Note on the mental hospitals in Burma - 1925-1940
Year: 1925
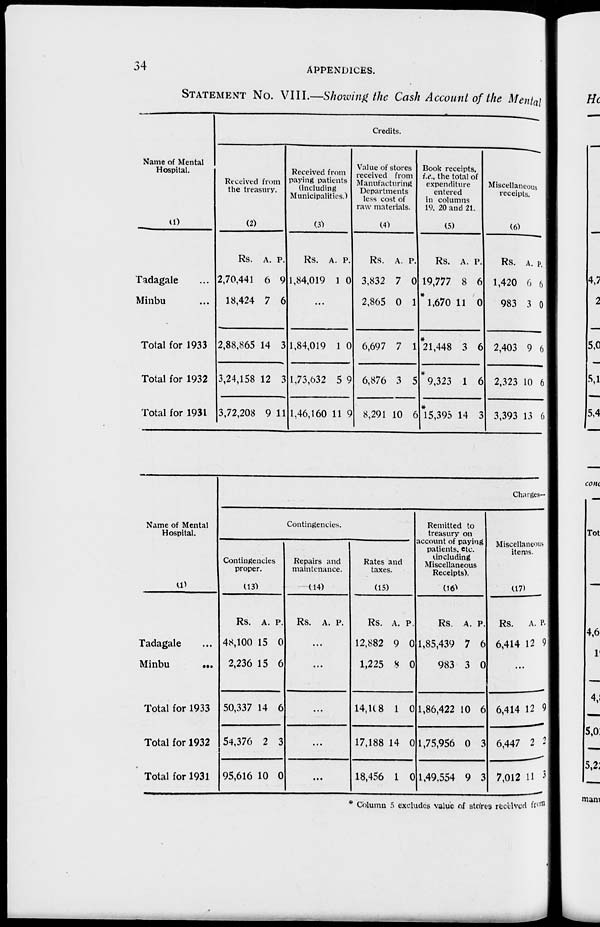
34
APPENDICES.
STATEMENT No. VIII.—Showing the Cash Account of the Mental
Name of Mental
Hospital.
(1)
Tadagale ...
Minbu ...
Total for 1933
Total for 1932
Total for 1931
Credits.
Received from
the treasury.
(2)
Rs.
2,70,441
18,424
2,88,865
3,24,158
3,72,208
A.
6
7
14
12
9
P.
9
6
3
3
11
Received from
paying patients
(including
Municipalities.)
(3)
Rs.
1,84,019
A.
1
P.
0
...
1,84,019
1,73,632
1,46,160
1
5
11
0
9
9
Value of stores
received from
Manufacturing
Departments
less cost of
raw materials.
(4)
Rs.
3,832
2,865
6,697
6,876
8,291
A.
7
0
7
3
10
P.
0
1
1
5
6
Book receipts,
i.e., the total of
expenditure
entered
in columns
19, 20 and 21.
(5)
Rs.
19,777
* 1,670
*21,448
* 9,323
*15,395
A.
8
11
3
1
14
P.
6
0
6
6
3
Miscellaneous
receipts.
(6)
Rs.
1,420
983
2,403
2,323
3,393
A.
6
3
9
10
13
P.
6
0
6
6
6
Name of Mental
Hospital.
(1)
Tadagale ...
Minbu
...
Total for 1933
Total for 1932
Total for 1931
Charges—
Contingencies.
Contingencies
proper.
(13)
Rs.
48,100
2,236
50,337
54,376
95,616
A.
15
15
14
2
10
P.
0
6
6
3
0
Repairs and
maintenance.
(14)
Rs. A. P.
...
...
...
...
...
Rates and
taxes.
(15)
Rs.
12,882
1,225
14,108
17,188
18,456
A.
9
8
1
14
1
P.
0
0
0
0
0
Remitted to
treasury on
account of paying
patients. etc.
(including
Miscellaneous
Receipts).
(16)
Rs.
1,85,439
983
1,86,422
1,75,956
1,49.554
A.
7
3
10
0
9
P.
6
0
6
3
3
Miscellaneous
items.
(17)
Rs.
6,414
A.
12
P.
9
...
6,414
6,447
7,012
12
2
11
9
2
3
* Column 5 excludes value of stores received from